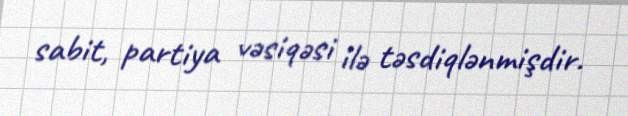
sabit, partiya vəsiqəsi ilə təsdiqlənmişdir.